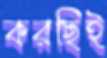
করছিই